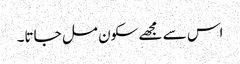
اس سے مجھے سکون مل جاتا۔